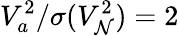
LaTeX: V_{a}^{2}/\sigma(V_{\mathcal{N}}^{2})=2